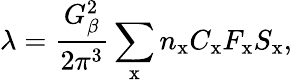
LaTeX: \lambda=\frac{G_{\beta}^{2}}{2\pi^{3}}\sum_{\textrm{x}}n_{\textrm{x}}C_{\textrm{x}}F_{\textrm{x}}S_{\textrm{x}},